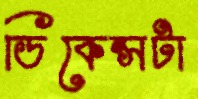
ডিকেন্সটা